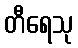
တီရေသု